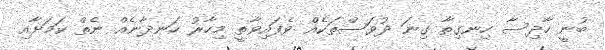
ބުނީ ހާދިސާ ހިނގިތާ ގިނަ ދުވަސްތަކެއް ވެފައިވާތީ މިހާރު ހަނދާނެއް ނެތް ކަމަށާއި